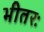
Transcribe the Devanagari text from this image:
भीतरः